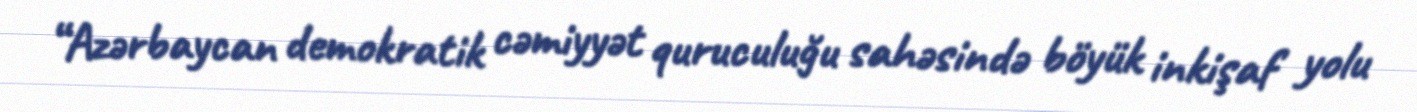
“Azərbaycan demokratik cəmiyyət quruculuğu sahəsində böyük inkişaf yolu